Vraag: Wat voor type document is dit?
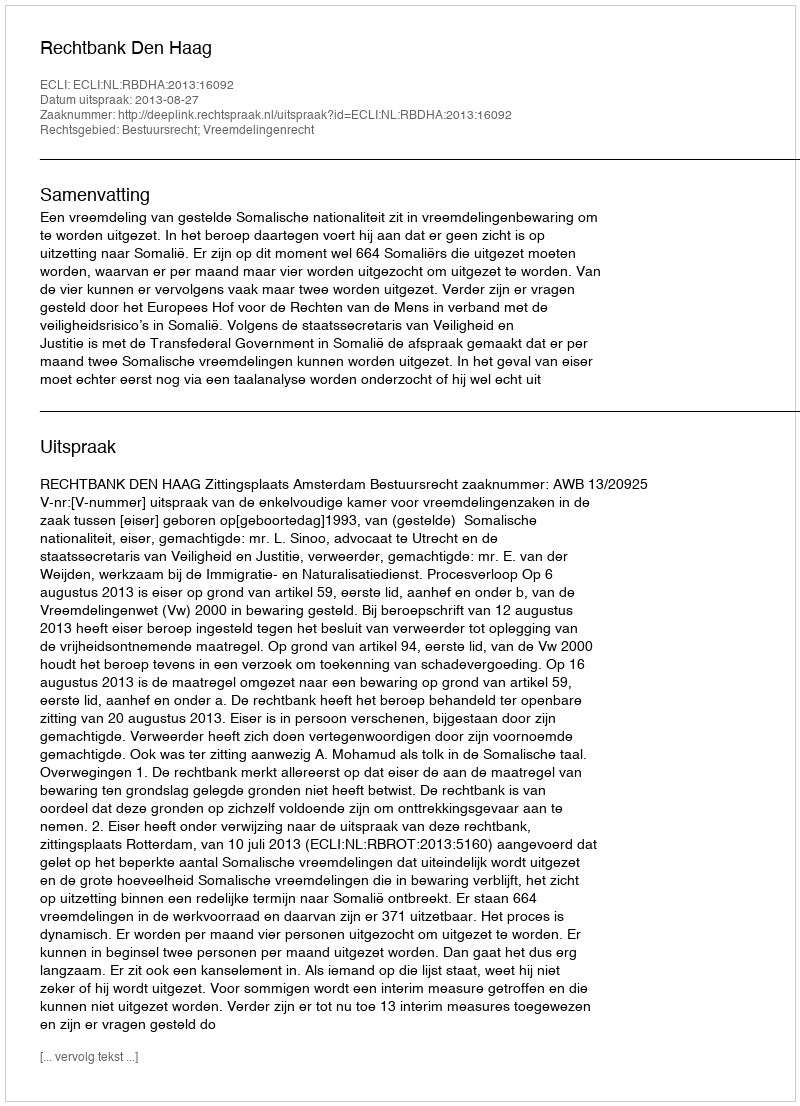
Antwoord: Uitspraak